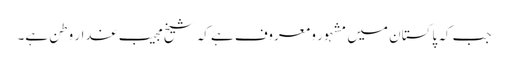
جب کہ پاکستان میں مشہور و معروف ہے کہ شیخ مجیب غدارِ وطن ہے۔